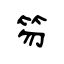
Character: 笏